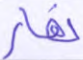
نهار